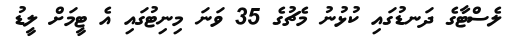
ލެސްޓާގެ ދަނޑުގައި ކުޅުނު މެޗުގެ 35 ވަނަ މިނިޓުގައި އެ ޓީމަށް ލީޑު